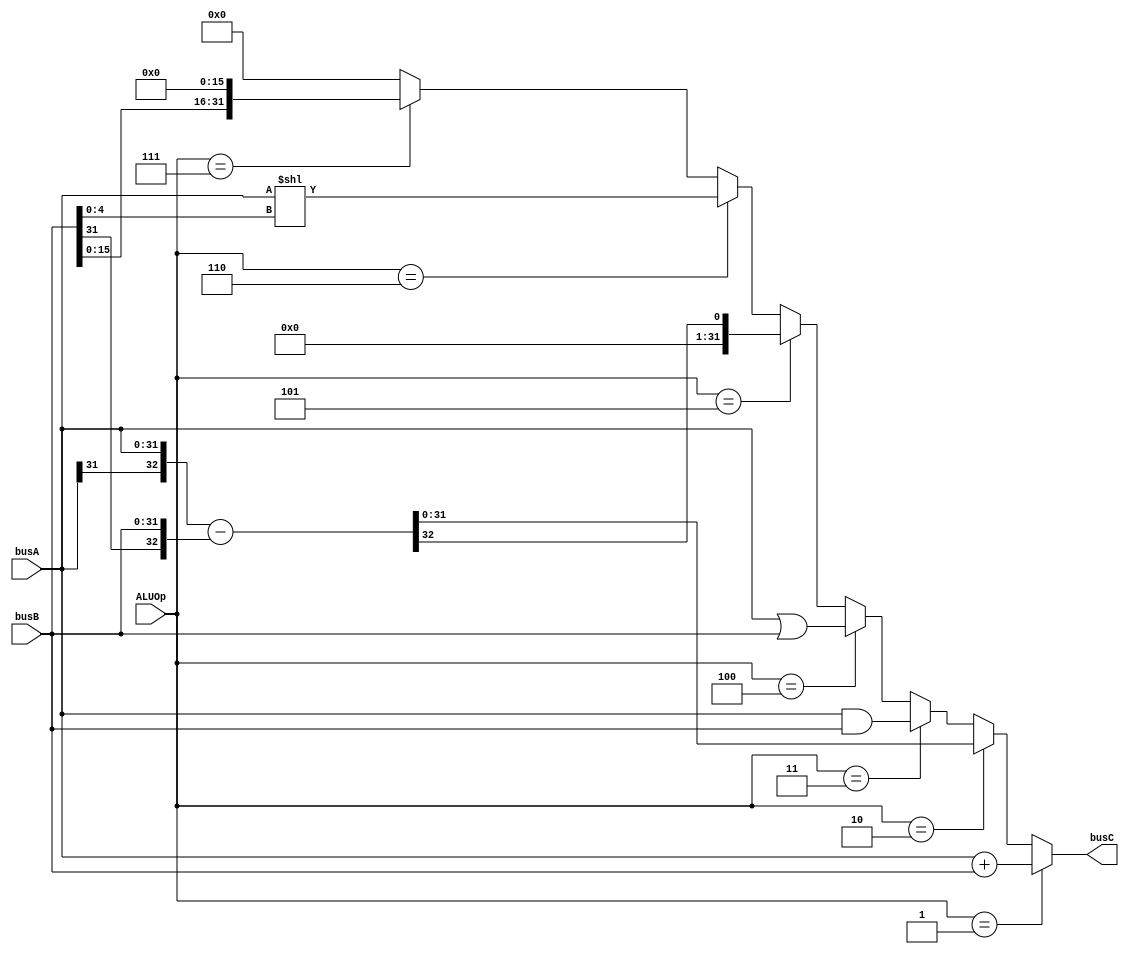
`define alu_nop 4'h0
`define alu_add 4'h1
`define alu_sub 4'h2
`define alu_and 4'h3
`define alu_or  4'h4
`define alu_slt 4'h5
`define alu_sll 4'h6
`define alu_lui 4'h7

module alu(busA, busB, busC, ALUOp);
    input   [31:0] busA, busB;
    input   [3:0] ALUOp;
    output  [31:0] busC;

    wire [32:0] tmp_rlt;

    assign  tmp_rlt = (ALUOp == `alu_add) ? {busA[31], busA[31:0]} + {busB[31], busB[31:0]} : 
                      (ALUOp == `alu_slt) ? {busA[31], busA[31:0]} - {busB[31], busB[31:0]} : 32'd0;

    assign  busC = (ALUOp == `alu_add) ? {busA[31], busA[31:0]} + {busB[31], busB[31:0]} : 
                   (ALUOp == `alu_sub) ? {busA[31], busA[31:0]} - {busB[31], busB[31:0]} : 
                   (ALUOp == `alu_and) ? busA & busB : 
                   (ALUOp == `alu_or)  ? busA | busB : 
                   (ALUOp == `alu_slt) ? {31'd0, tmp_rlt[32]} : 
                   (ALUOp == `alu_sll) ? busA << busB[4:0] :
                   (ALUOp == `alu_lui) ? busB << 16 : 
                   (ALUOp == `alu_nop) ? 0 : 0;

endmodule // alu